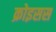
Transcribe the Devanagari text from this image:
क्रोइसस